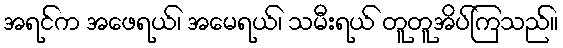
အရင်က အဖေရယ်၊ အမေရယ်၊ သမီးရယ် တူတူအိပ်ကြသည်။